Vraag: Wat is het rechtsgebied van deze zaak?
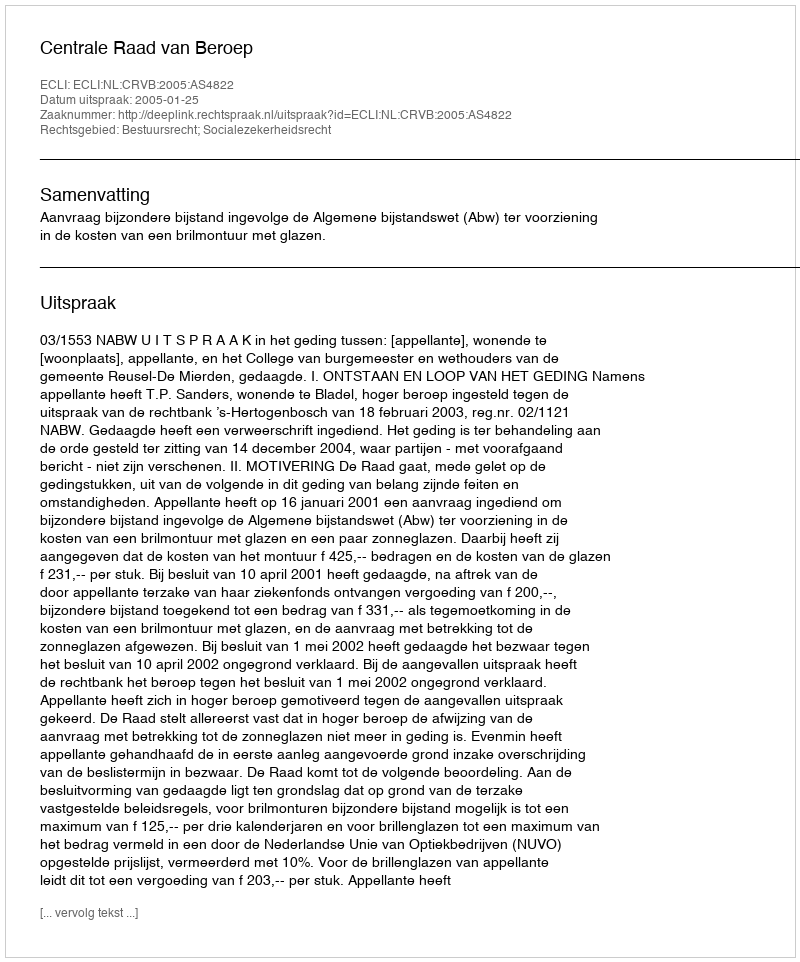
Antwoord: Bestuursrecht; Socialezekerheidsrecht